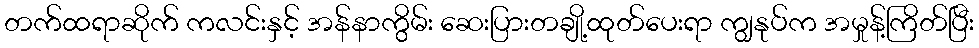
တက်ထရာဆိုက် ကလင်းနှင့် အန်နာကွိမ်း ဆေးပြားတချို့ထုတ်ပေးရာ ကျွနုပ်က အမှုန့်ကြိတ်ပြီး